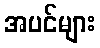
အပင်များ